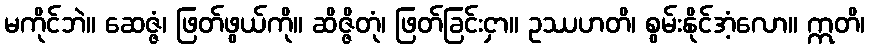
မကိုင်ဘဲ။ ဆေဇ္ဇံ၊ ဖြတ်ဖွယ်ကို။ ဆိဇ္ဇိတုံ၊ ဖြတ်ခြင်းငှာ။ ဥဿဟတိ၊ စွမ်းနိုင်အံ့လော။ ဣတိ၊